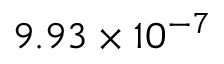
9 . 9 3 \times 1 0 ^ { - 7 }